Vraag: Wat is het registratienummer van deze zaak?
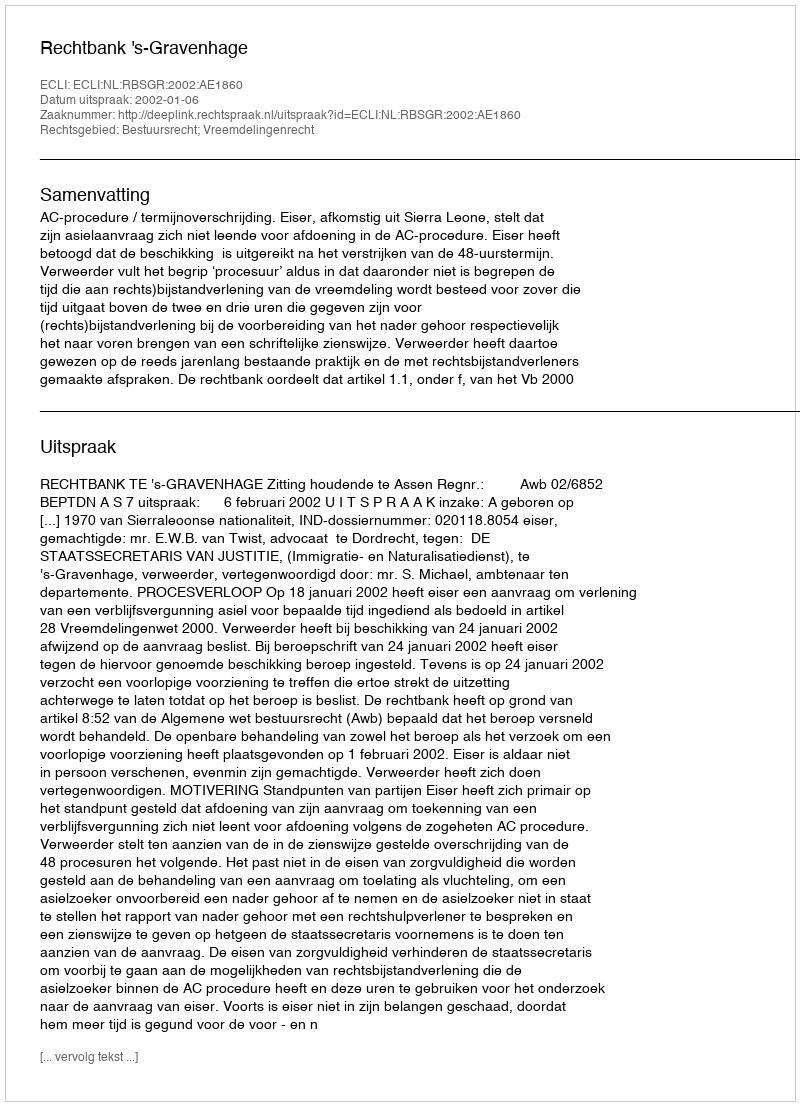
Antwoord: http://deeplink.rechtspraak.nl/uitspraak?id=ECLI:NL:RBSGR:2002:AE1860